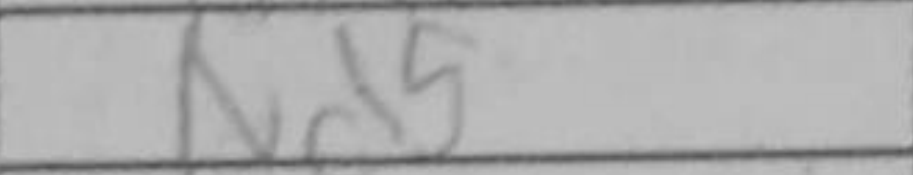
Transcription: Nd5